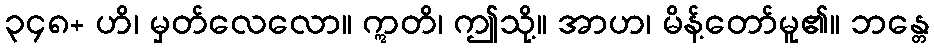
၃၄၈+ ဟိ၊ မှတ်လေလော။ ဣတိ၊ ဤသို့။ အာဟ၊ မိန့်တော်မူ၏။ ဘန္တေ